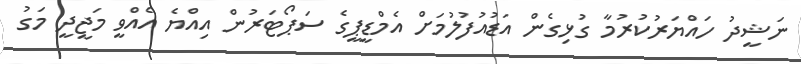
ނަޝީދު ހައްޔަރުކުރުމާ ގުޅިގެން އަޑުއުފުލުމަށް އެމްޑީޕީގެ ސަޕޯޓަރުން އިއްޔެ އެއްވީ މަޖީދީ މަގު